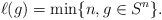
LaTeX: \begin{align*}\ell(g) = \min\{n, g \in S^n\}.\end{align*}